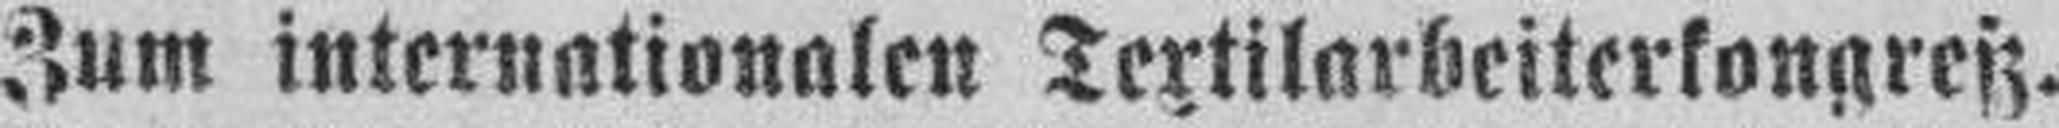
Zum internationalen Textilarbeiterkongreß.